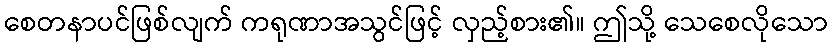
စေတနာပင်ဖြစ်လျက် ကရုဏာအသွင်ဖြင့် လှည့်စား၏။ ဤသို့ သေစေလိုသော